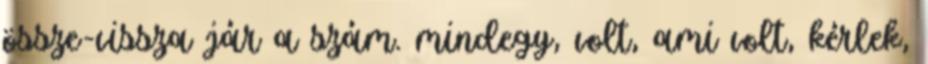
össze-vissza jár a szám. mindegy, volt, ami volt, kérlek,